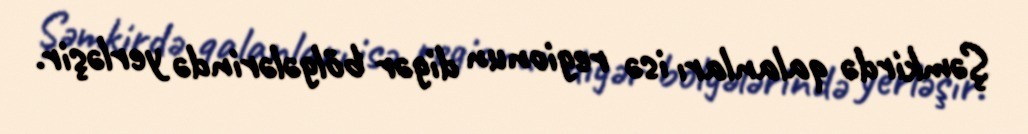
Şəmkirdə qalanları isə regionun digər bölgələrində yerləşir.